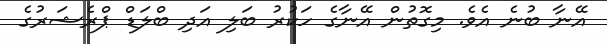
އޭނާ ބުނެ އެވެ. މިގޮތުން އޭނާގެ ހަކުރު ބަލި އަދި ބްލަޑް ޕްރެޝަރުގެ